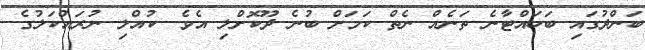
ބަންދުގައި ބަހައްޓާނެ ތަނެއް ނެތް ކަމަށް ބުނެ ދޫކޮށްލި އެވެ. ކުއްލި ނުރައްކަލުގެ